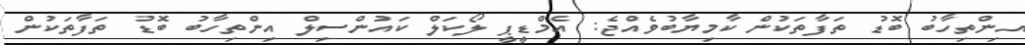
އިންތިހާބު ބޮޑު ތަފާތަކުން ކާމިޔާބުވެއްޖެ: އެމްޑީޕީ ލޯކަލް ކައުންސިލް އިންތިހާބު ބޮޑު ތަފާތަކުން